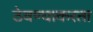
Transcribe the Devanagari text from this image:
ठेवण्याकरता